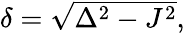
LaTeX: \begin{array}{r}{\delta=\sqrt{\Delta^{2}-J^{2}},}\end{array}